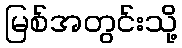
မြစ်အတွင်းသို့